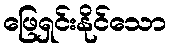
ဖြေရှင်းနိုင်သော